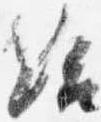
給